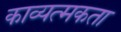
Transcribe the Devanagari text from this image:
काव्यत्मकता